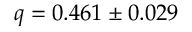
q = 0 . 4 6 1 \pm 0 . 0 2 9